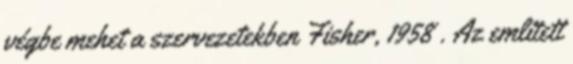
végbe mehet a szervezetekben Fisher, 1958 . Az említett